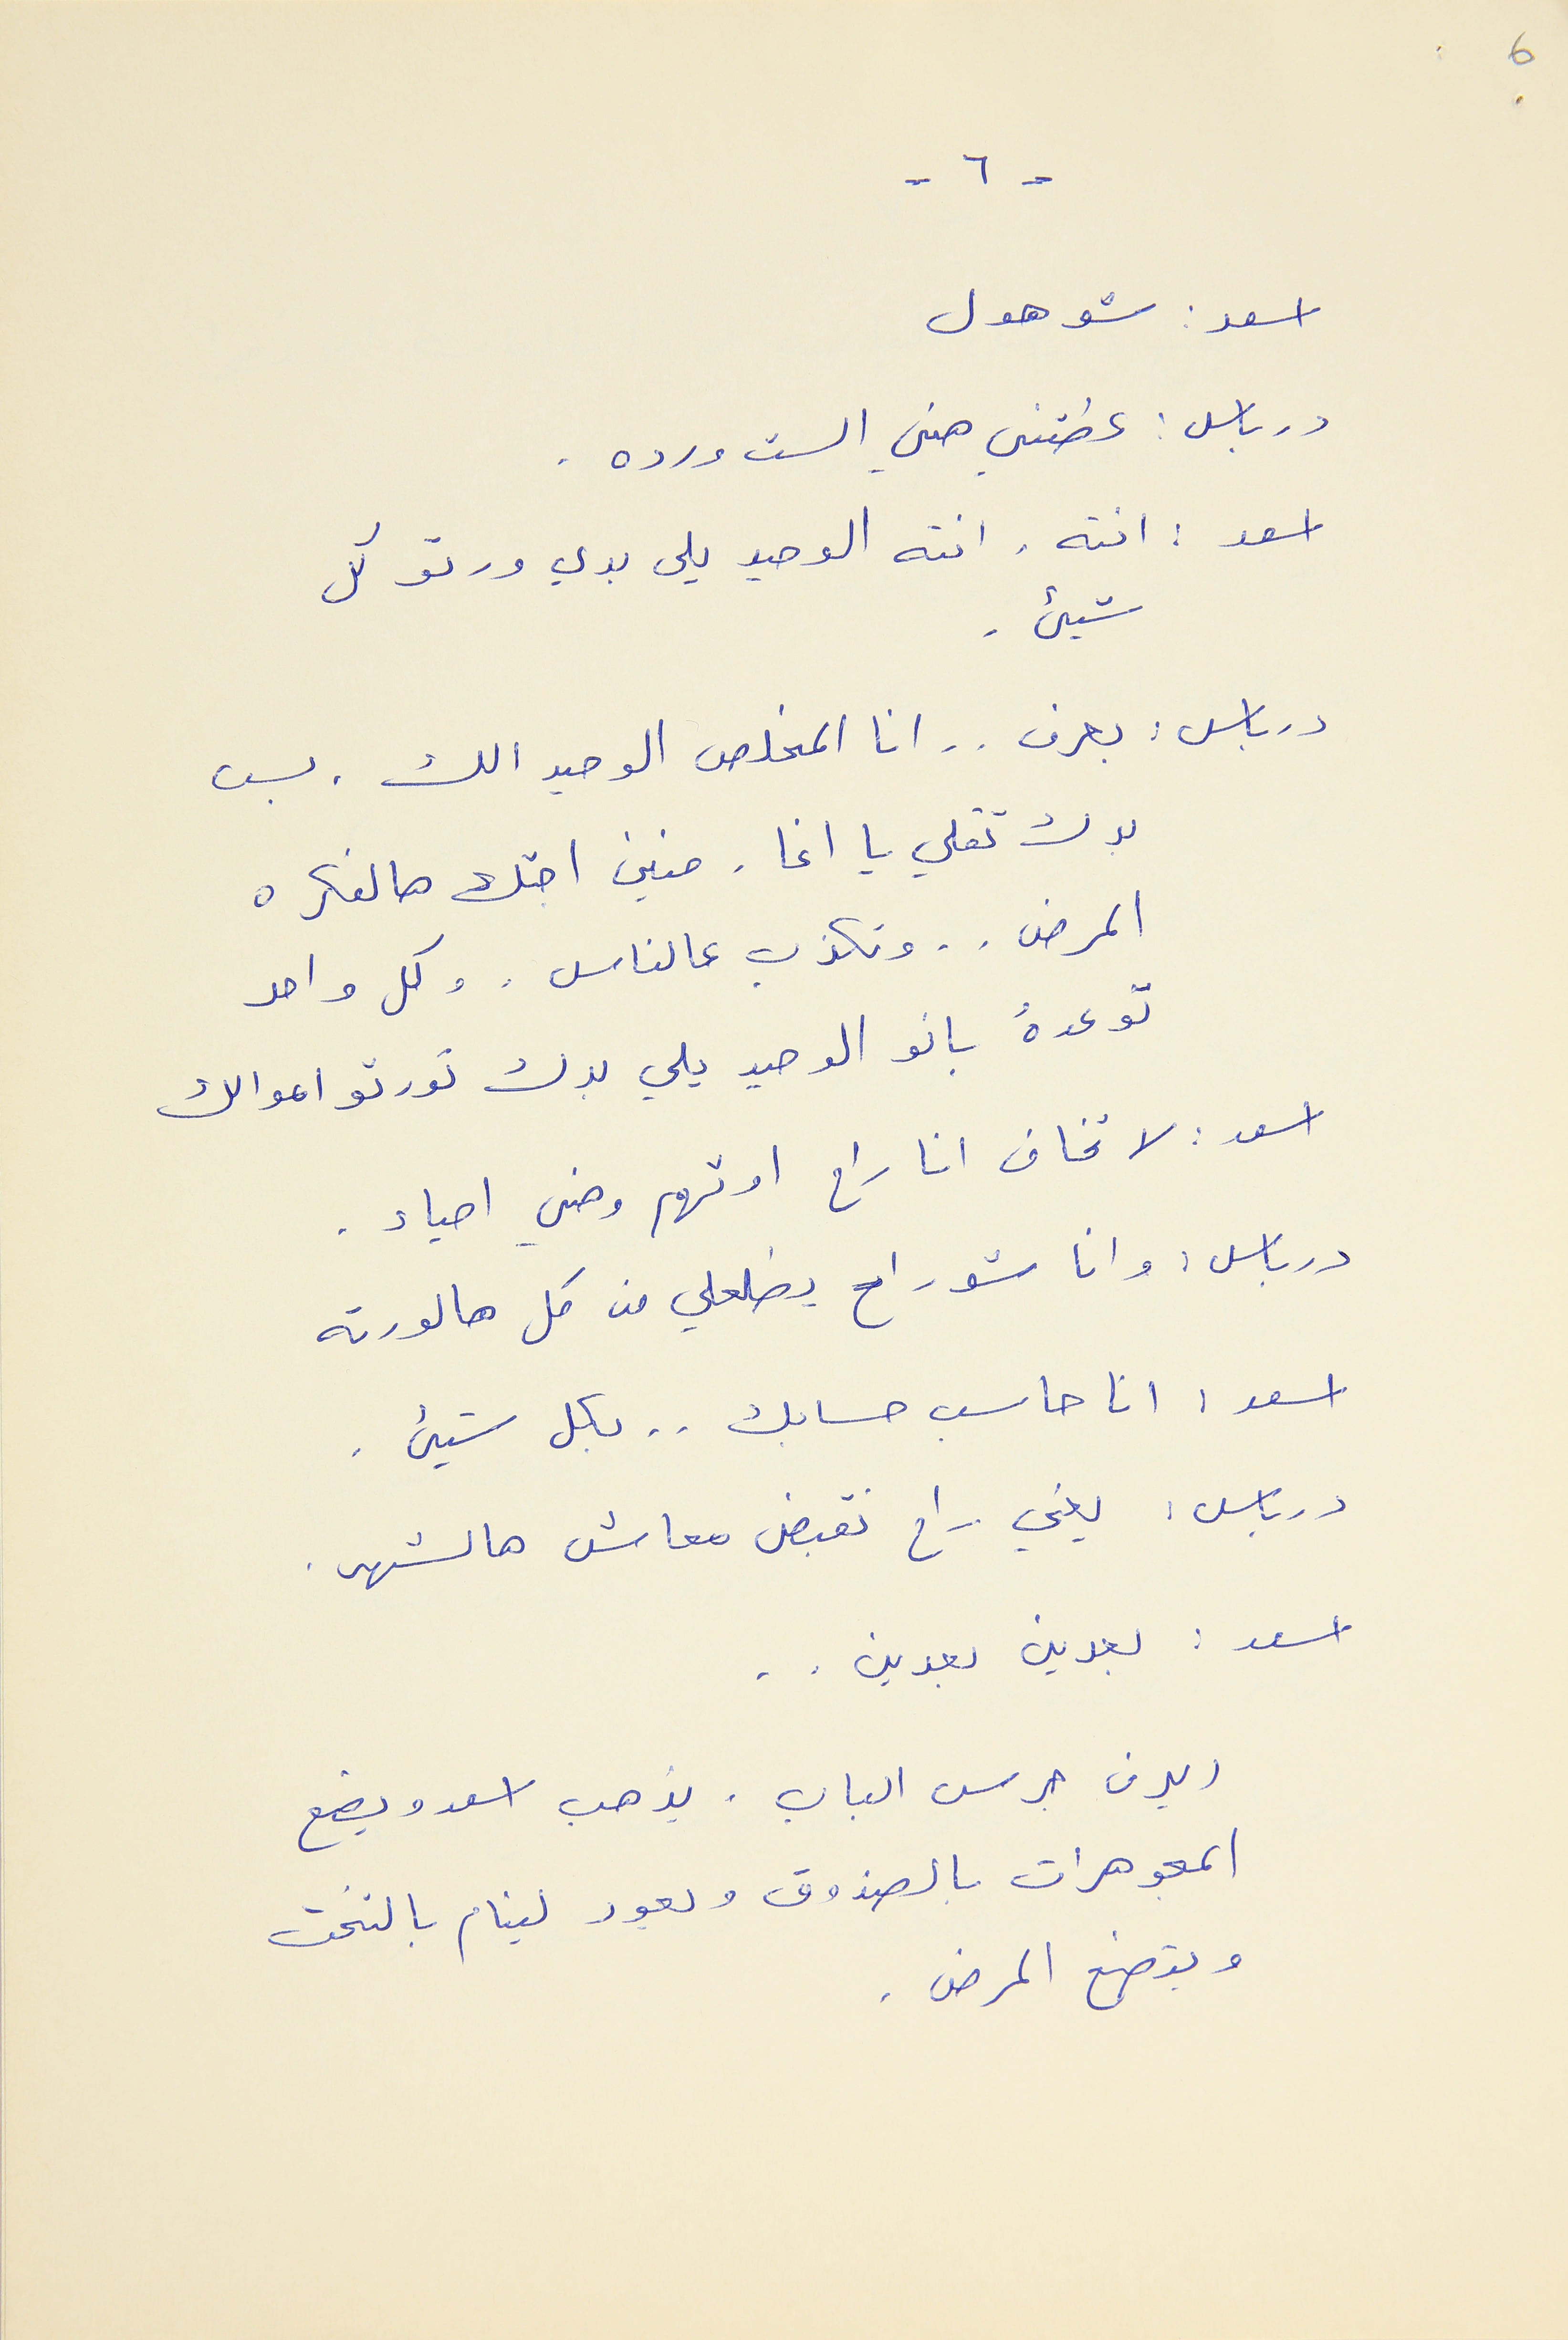
- ٦ -
6
اسعد : شو هول
درباس : عطتني هني الست ورده .
اسعد : انته. انته الوحيد يلى بدي ورتو كل
شيء.
درباس : بعرف . . انا المخلص الوحيد الك. بس
بدك تقلي يا اغا. منين اجتك هالفكره
المرض . . وتكذب عالناس . وكل واحد
توعدهُ بانو الوحيد يلي بدك تورتو اموالك
اسعد : لا تخاف انا راح اوتهم وهني احياء.
درباس : وانا شو راح يطلعلي من كل هالورته
اسعد : انا حاسب حسابك . . بكل شيء.
درباس : يعني راح نقبض معاش هالشهر
اسعد : بعدين بعدين . .
المجوهرات بالصندوق ويعود لينام بالتخت
ويتصنع المرض .
(يرن جرس الباب. يذهب اسعد ويضع